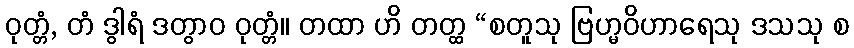
ဝုတ္တံ, တံ ဒွါရံ ဒတွာဝ ဝုတ္တံ။ တထာ ဟိ တတ္ထ “စတူသု ဗြဟ္မဝိဟာရေသု ဒသသု စ